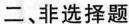
二、非选择题